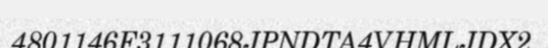
4801146F3111068JPNDTA4VHMLJDX2